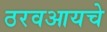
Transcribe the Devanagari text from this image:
ठरवआयचे